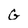
Character: G